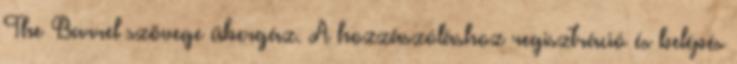
The Barrel szövege übergáz. A hozzászóláshoz regisztráció és belépés